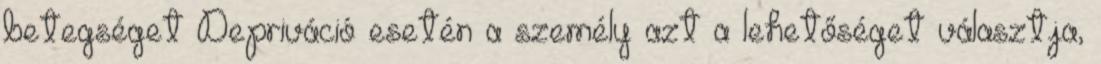
betegséget Depriváció esetén a személy azt a lehetőséget választja,